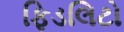
ફિડલિટો